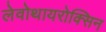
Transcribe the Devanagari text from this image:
लेवोथायरोक्सिन